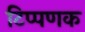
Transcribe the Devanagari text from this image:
टिप्पणक